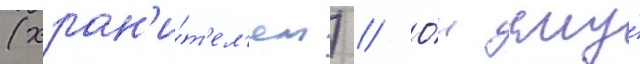
(хран'и́т'ел'ем) // О́н ему́